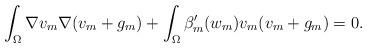
LaTeX: \begin{align*}\int _ \Omega \nabla v_m \nabla (v_m + g_m) + \int _ \Omega \beta_m' (w_m) v_m (v_m + g_m) = 0 . \end{align*}